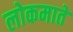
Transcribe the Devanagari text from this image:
लोकमाते